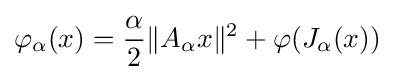
\varphi _{\alpha }(x)={\frac {\alpha }{2}}\|A_{\alpha }x\|^{2}+\varphi (J_{\alpha }(x))